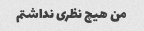
من هیچ نظری نداشتم